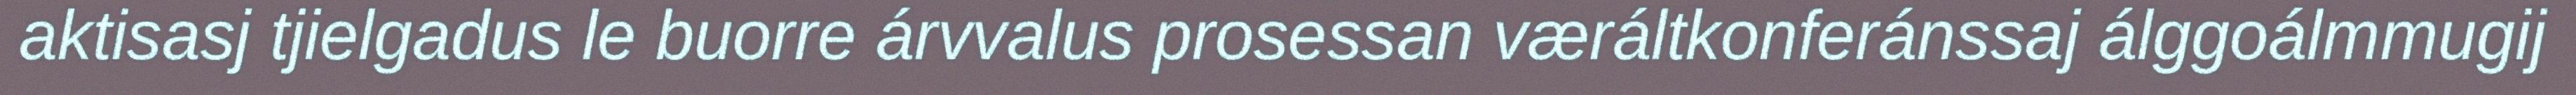
aktisasj tjielgadus le buorre árvvalus prosessan væráltkonferánssaj álggoálmmugij